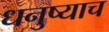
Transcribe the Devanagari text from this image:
धनुष्याच